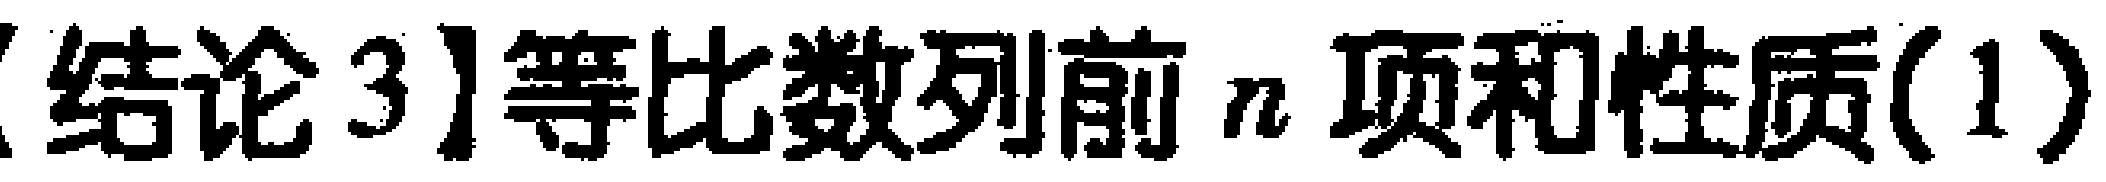
【结论3】等比数列前\(n\)项和性质(1)